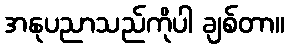
အနုပညာသည်ကိုပါ ချစ်တာ။